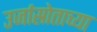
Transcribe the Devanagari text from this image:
उर्जास्रोताच्या